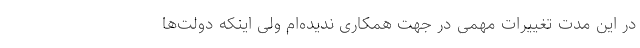
در این مدت تغییرات مهمی در جهت همکاری ندیده‌ام ولی اینکه دولت‌ها